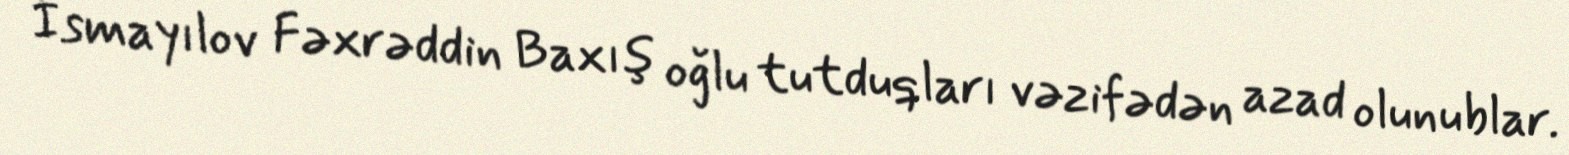
İsmayılov Fəxrəddin Baxış oğlu tutduqları vəzifədən azad olunublar.